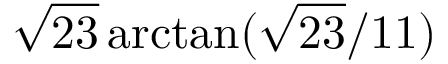
{ \sqrt { 2 3 } } \arctan ( { { \sqrt { 2 3 } } / 1 1 } )